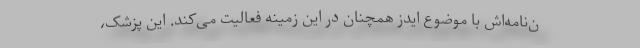
ن‌نامه‌اش با موضوع ایدز همچنان در این زمینه فعالیت می‌کند. این پزشک،